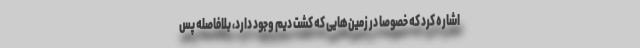
اشاره کرد که خصوصاً در زمین‌هایی که کشت دیم وجود دارد، بلافاصله پس